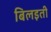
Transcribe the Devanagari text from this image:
बिलइती